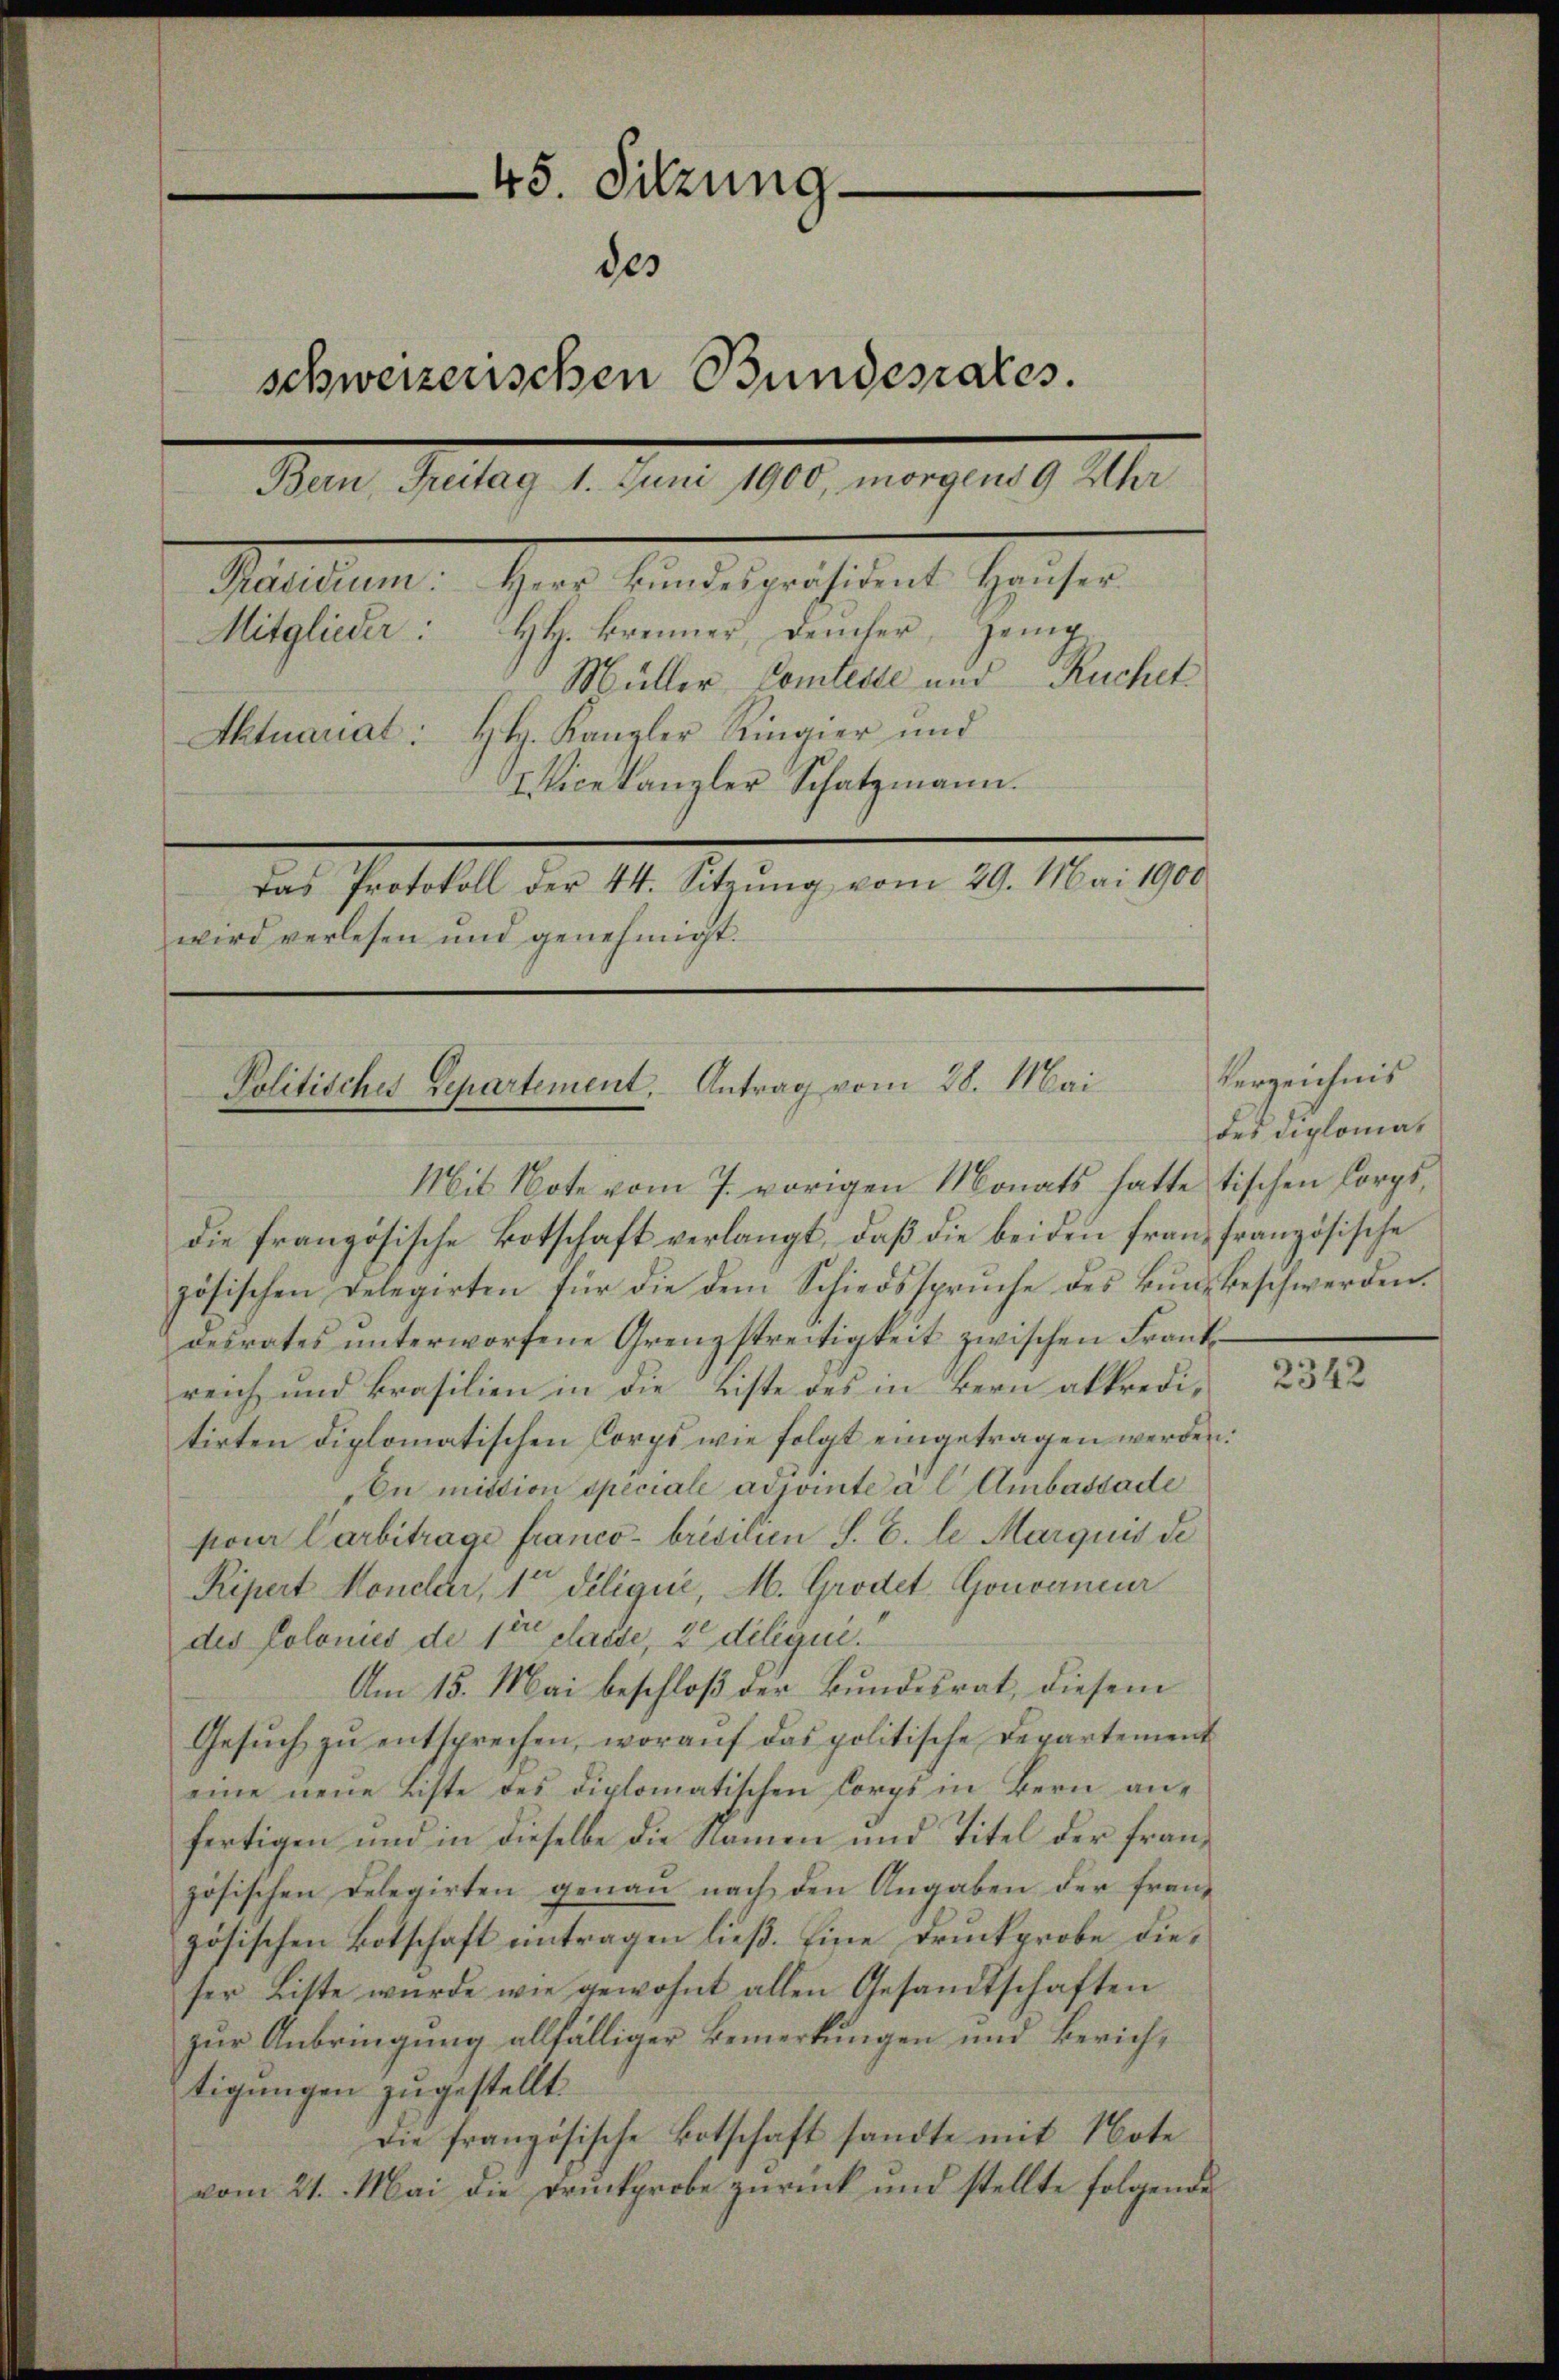
45. Sitzung
des
schweizerischen Bundesrates.
Bern, Freitag 1. Juni 1900, morgens 9 Uhr
Maltenen Herr Seiten gestament gesehen
H. Brenner, Deucher, zeig¬
Mitglieder:
Müller Comteste und Ruchet
Aktuariat: HH. Kanzler Ringier und
IVicekanzler Schatzmann.
Das Protokoll der 44. Sitzŭng vom 29. Mai 1900
wird verlesen und genehmigt.

Politisches Departement. Antrag vom 28. Mai
Mit Note vom 7. vorigen Monats hatte tischen Corps,

die französische Botschaft verlangt, daß die beiden Franz französische
zösischen Delegirten für die dem Schiedsspruche des Bunde beschwerden.
desrates unterworfene Grenzstreitigkeit zwischen Frankreich und krasilien in die Liste des in Bern alkreditirten diplomatischen Corps wie folgt eingetragen werden.
On mittion speciale adjointe à l Ambasdade
pour Carbitrage franco- brésilien S. B. le Marquis de
Ripert Moneller, 1te Seligić, M. Grodel Gouverneur
des Colonies de 1er classe, 2 deligii.
Am 15. Mai beschloß der Bundesrat, diesem
Gesŭch zŭ entsprechen, worauf das politische Departement
eine neue Liste des diplomatischen Corps in Bern anfertigen und in dieselbe die Namen und Titel der französischen Delegirten genaŭ nach den Angaben der franz
zösischen Botschaft antragen ließ. Eine Druckprobe dieser Liste wurde wie gewohnt allen Gesandtschaften
zur Anbringung allfälliger Bemerkungen und Zürichtigungen zugestellt.
Die französische Botschaft sandte mit Note
vom 21. Mai die Druckprobe zurück und stellte folgende

Verzeichnis
des Diplomat

2342